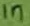
Text: 1n